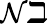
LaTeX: \mathcal{N}\beth